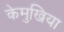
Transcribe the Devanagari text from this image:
केमुखिया